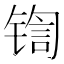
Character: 𰾡